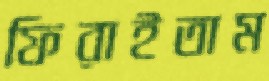
ফিরাইতাম